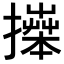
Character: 𢷎